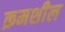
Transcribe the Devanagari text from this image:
क्रमशील